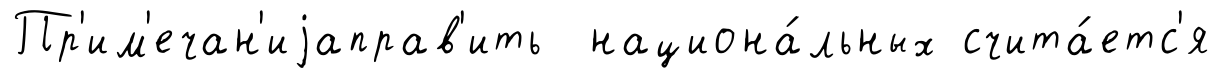
Пр'им'ечан'иjаправ'ить национа́льных счита́етс'я